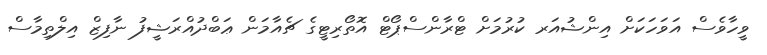
ވީހާވެސް އަވަހަކަށް އިންޝުއަރ ކުރުމަށް ޓްރާންސްޕޯޓް އޮތޯރިޓީގެ ޗެއާމަން ޢަބްދުއްރަޝީފު ނާފިޒް އިލްތިމާސް